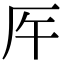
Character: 𠨺